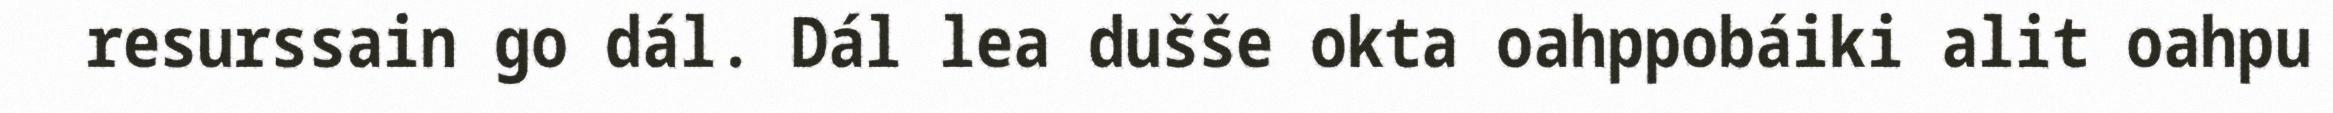
resurssain go dál. Dál lea dušše okta oahppobáiki alit oahpu